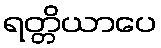
ရတ္တိယာပေ